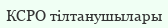
КСРО тілтанушылары